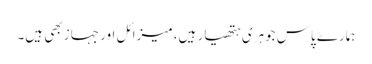
ہمارے پاس جوہری ہتھیار ہیں، میزائل اور جہاز بھی ہیں۔